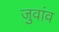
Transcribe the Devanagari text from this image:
जुवांव